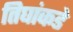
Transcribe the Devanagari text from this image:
तिघांकडे